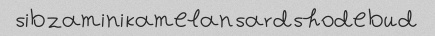
sib zamini kamelan sard shode bud